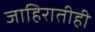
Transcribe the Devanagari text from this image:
जाहिरातीही